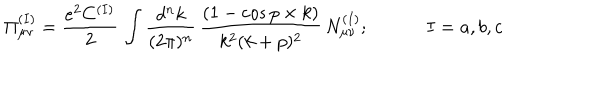
\Pi _ { \mu \nu } ^ { ( I ) } = { \frac { e ^ { 2 } C ^ { ( I ) } } { 2 } } \, \int { \frac { d ^ { n } k } { ( 2 \pi ) ^ { n } } } \, { \frac { ( 1 - \cos p \times k ) } { k ^ { 2 } ( k + p ) ^ { 2 } } } \, N _ { \mu \nu } ^ { ( I ) } ; \; \; I = a , b , c